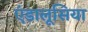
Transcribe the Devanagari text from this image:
एंडालूसिया